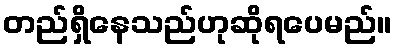
တည်ရှိနေသည်ဟုဆိုရပေမည်။